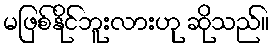
မဖြစ်နိုင်ဘူးလားဟု ဆိုသည်။